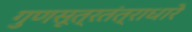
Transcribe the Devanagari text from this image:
गुणसूत्रतंत्राधारे